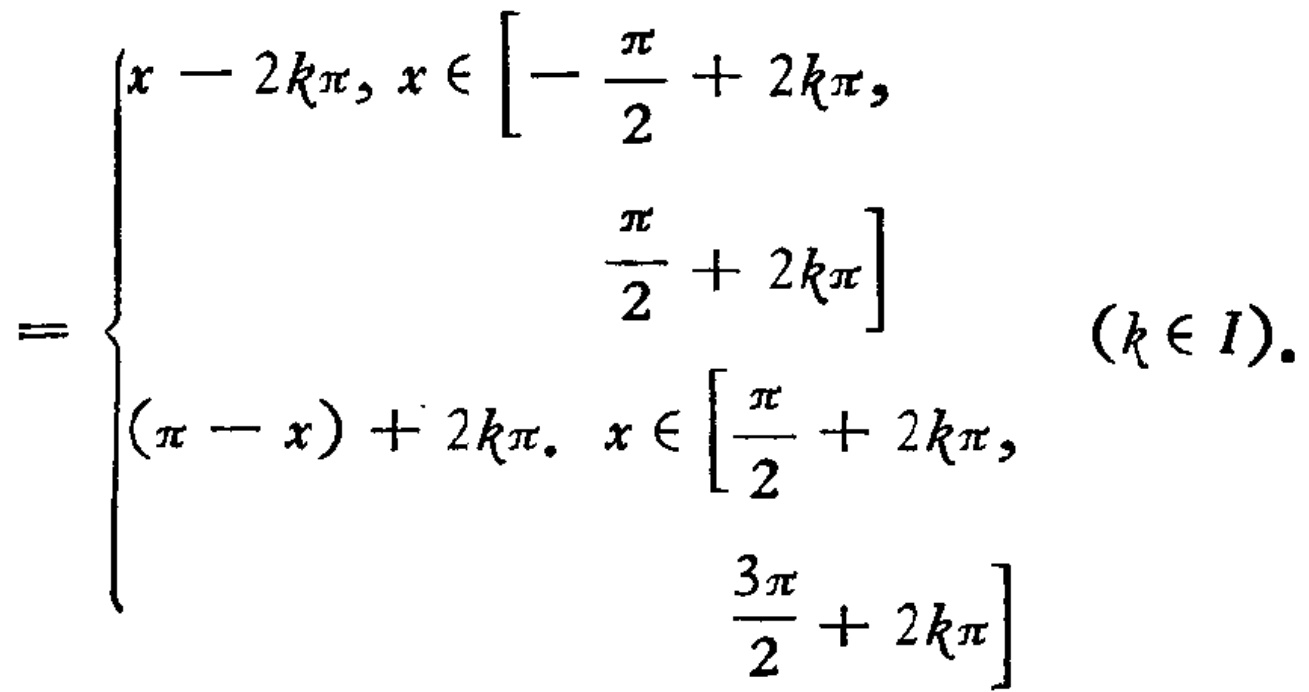
\[
= \begin{cases}
x - 2k\pi, & x \in \left[-\frac{\pi}{2} + 2k\pi, \frac{\pi}{2} + 2k\pi\right] & (k \in I)\\
(\pi - x)+ 2k\pi, & x \in \left[\frac{\pi}{2} + 2k\pi, \frac{3\pi}{2} + 2k\pi\right]
\end{cases}
\]